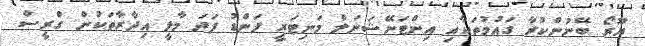
ޔޫރޯ ބޭނުންކުރާ ގައުމުތަކާއި އިންޓަނޭޝަނަލް މަނިޓަރީ ފަންޑު ފަދަ މާލީ އިދާރާތަކުން ގްރީސް